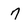
Character: 7